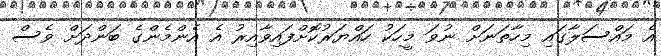
އެ މައްސަލާގައި މިހާތަނަށް ނުވަ މީހަކު ހައްޔަރުކޮށްފައިވާއިރު އެ އެންމެންގެ ބަންދަށް ވެސް